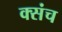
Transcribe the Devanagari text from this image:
क्संच